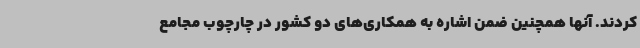
کردند. آنها همچنین ضمن اشاره به همکاری‌های دو کشور در چارچوب مجامع